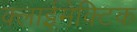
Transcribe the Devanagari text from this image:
क्लाईमेक्टिक